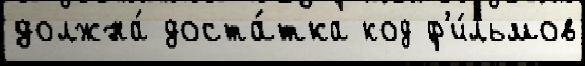
должна́ доста́тка код ф'и́льмов